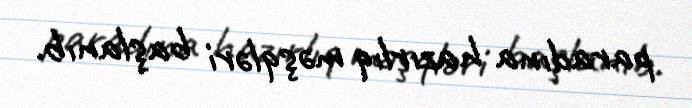
paradına hazırlıq məşqləri başlanıb.